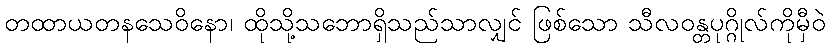
တထာယတနသေဝိနော၊ ထိုသို့သဘောရှိသည်သာလျှင် ဖြစ်သော သီလဝန္တပုဂ္ဂိုလ်ကိုမှီဝဲ